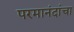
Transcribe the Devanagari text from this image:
परमानंदांचा